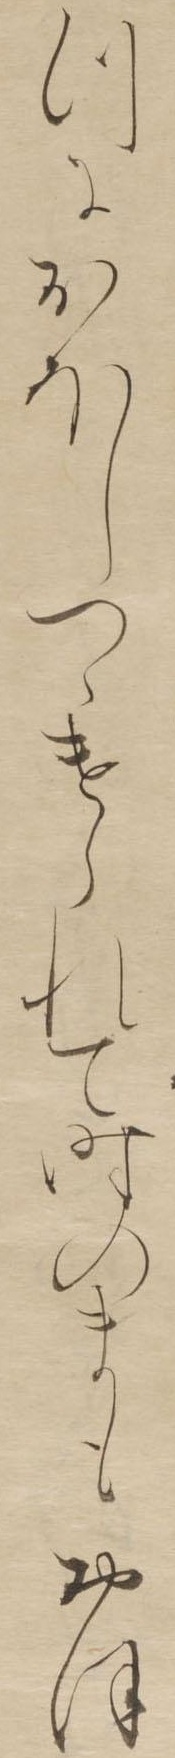
つにおほしつゝけられて時のまもおほ